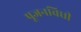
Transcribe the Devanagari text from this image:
पूजनविधी